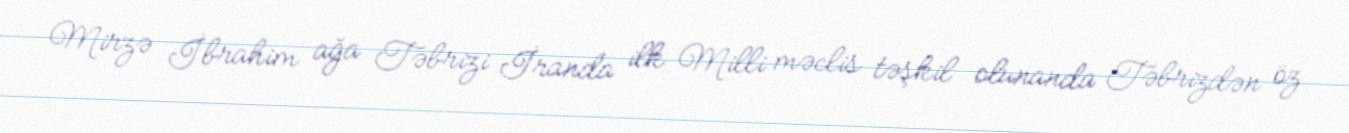
Mirzə İbrahim ağa Təbrizi İranda ilk Milli məclis təşkil olunanda Təbrizdən öz